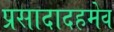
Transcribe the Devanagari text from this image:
प्रसादादहमेव